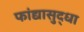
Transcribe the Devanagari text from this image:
फांद्यासुद्धा